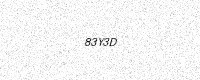
Text: 83Y3D